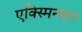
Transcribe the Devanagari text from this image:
एक्स्मिन्स्टर